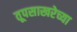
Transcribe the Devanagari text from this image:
तूपसाखरेच्या